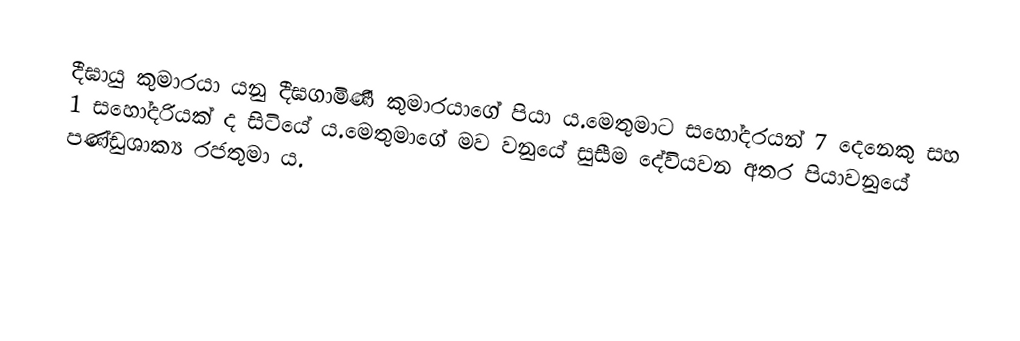
දීඝායු කුමාරයා යනු දීඝගාමිණී කුමාරයාගේ පියා ය.මෙතුමාට සහෝදරයන් 7 දෙනෙකු සහ 1 සහෝදරියක් ද සිටියේ ය.මෙතුමාගේ මව වනුයේ සුසීම දේවියවන අතර පියාවනුයේ පණ්ඩුශාක්‍ය රජතුමා ය.